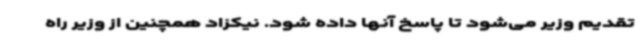
تقدیم وزیر می‌شود تا پاسخ آنها داده شود. نیکزاد همچنین از وزیر راه